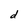
Character: d